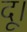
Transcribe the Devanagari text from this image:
दू।